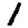
Digit: 1